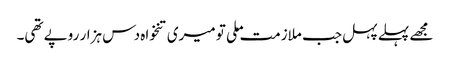
مجھے پہلے پہل جب ملازمت ملی تو میری تنخواہ دس ہزار روپے تھی۔